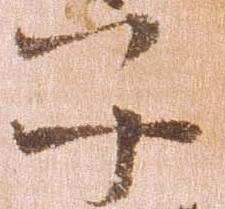
子